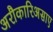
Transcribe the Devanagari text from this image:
अरौकारिअसाए